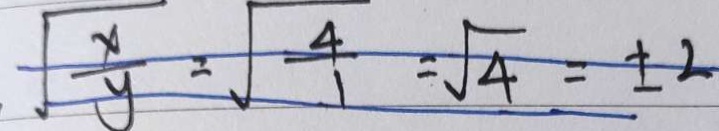
\sqrt { \frac { x } { y } } = \sqrt { \frac { 4 } { 1 } } = \sqrt { 4 } = \pm 2